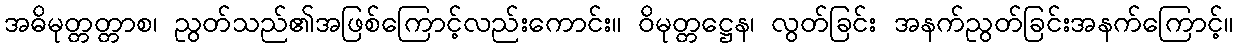
အဓိမုတ္တတ္တာစ၊ ညွတ်သည်၏အဖြစ်ကြောင့်လည်းကောင်း။ ဝိမုတ္တဋ္ဌေန၊ လွတ်ခြင်း အနက်ညွတ်ခြင်းအနက်ကြောင့်။